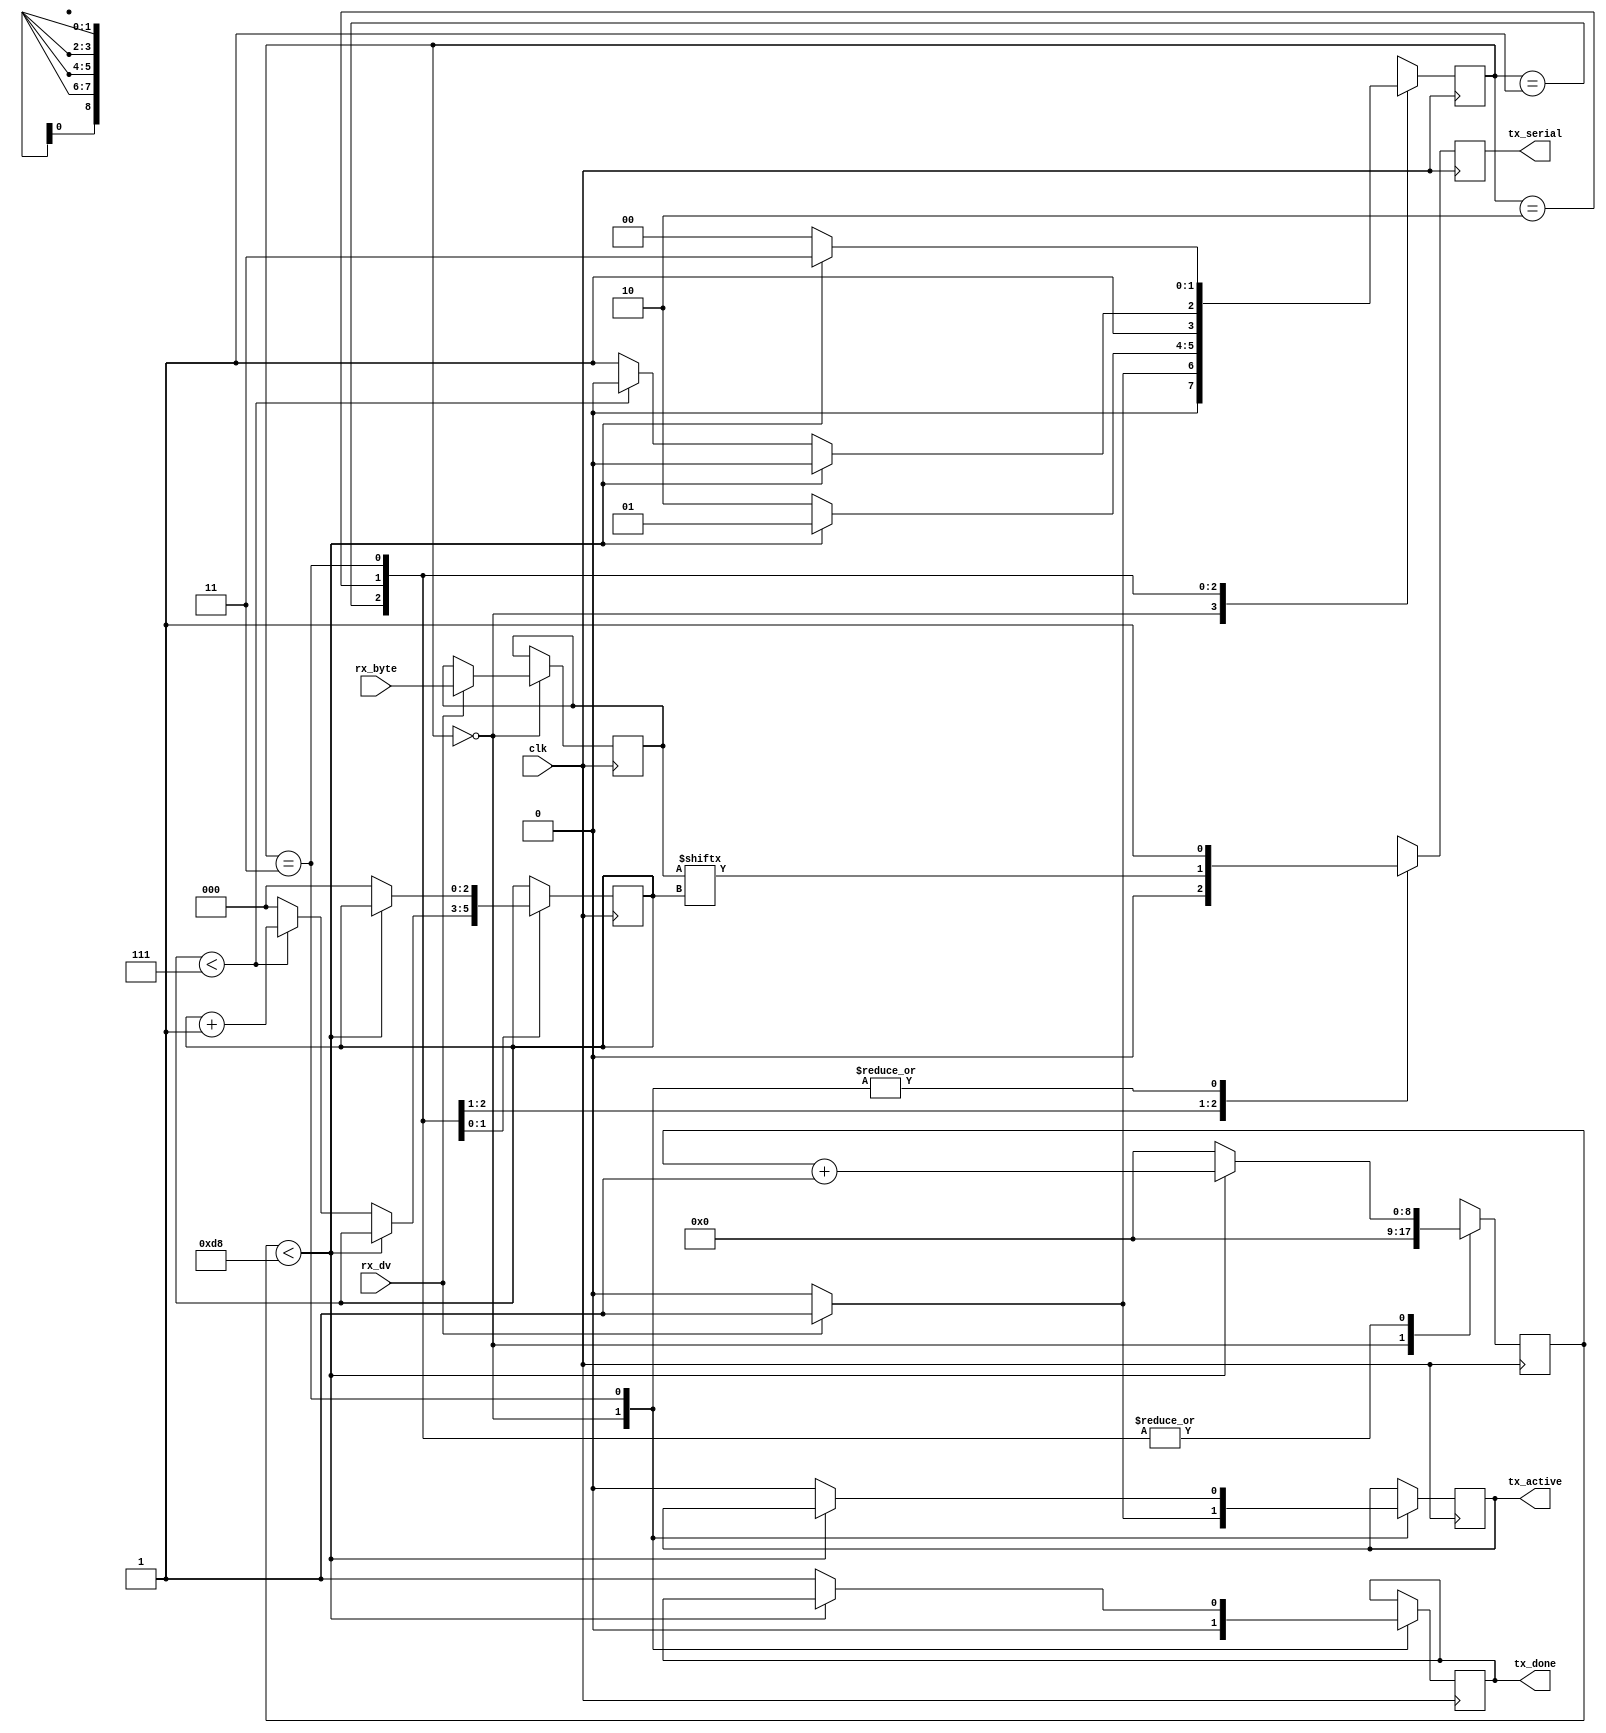
module UART_TX #(parameter CLKS_PER_BIT = 217) (
  input       clk,
  input       rx_dv, // rx module sends out 
  input [7:0] rx_byte,
  output reg  tx_serial,
  output reg  tx_active,
  output reg  tx_done // transfer done, ready for next byte
  );

  // states
  reg [1:0]  state     = 0;
  localparam IDLE      = 2'b00;
  localparam START_BIT = 2'b01;
  localparam STREAMING = 2'b10;
  localparam STOP_BIT  = 2'b11;

  // temp
  reg [7:0] r_rx_byte   = 0;

  //
  reg [$clog2(CLKS_PER_BIT):0] counter   = 0;
  reg [2:0]                    bit_index = 0;

  always @(posedge clk) begin
    case (state) 
      IDLE: begin
        counter   <= 0;
        tx_done   <= 1'b0;
        tx_serial <= 1'b1;  // feed stream 1s
        tx_active <= 1'b0;

        if (rx_dv == 1'b1) begin // trigger next state when rx_dv detected
          tx_active <= 1'b1;
          r_rx_byte <= rx_byte;
          state     <= START_BIT;
        end else begin
          state <= IDLE;
        end
      end

      START_BIT: begin      // send out start bit until time for next bit
        tx_serial <= 1'b0;
        
        if (counter < CLKS_PER_BIT-1) begin
          counter <= counter + 1;
          state   <= START_BIT;
        end else begin
          counter <= 0;
          state   <= STREAMING;
        end
      end

      STREAMING: begin
        tx_serial <= r_rx_byte[bit_index];

        if (counter < CLKS_PER_BIT-1) begin
          counter <= counter + 1;
          state   <= STREAMING;
        end else begin
          counter <= 0;
          if (bit_index < 7) begin
            bit_index <= bit_index + 1;
            state     <= STREAMING;
          end else begin
            bit_index <= 0;
            state     <= STOP_BIT;
          end
        end
      end

      STOP_BIT: begin // send stop bit out
        tx_serial <= 1'b1;

        if (counter < CLKS_PER_BIT-1) begin
          counter <= counter + 1;
          state   <= STOP_BIT;
        end else begin
          counter <= 0;
          state   <= IDLE;
          bit_index <= 0;
          tx_done   <= 1'b1;
          tx_active <= 1'b0;
        end
      end

      default:
        state <= IDLE;
    endcase 
  end
endmodule